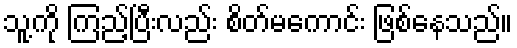
သူ့ကို ကြည့်ပြီးလည်း စိတ်မကောင်း ဖြစ်နေသည်။